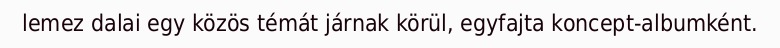
lemez dalai egy közös témát járnak körül, egyfajta koncept-albumként.